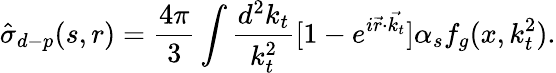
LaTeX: \hat{\sigma}_{d-p}(s,r)=\frac{4\pi}{3}\int\frac{d^{2}k_{t}}{k_{t}^{2}}[1-e^{i\vec{r}\cdot\vec{k_{t}}}]\alpha_{s}f_{g}(x,k_{t}^{2}).